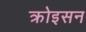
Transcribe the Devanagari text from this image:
क्रोइसन